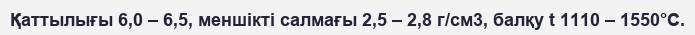
Қаттылығы 6,0 – 6,5, меншікті салмағы 2,5 – 2,8 г/см3, балқу t 1110 – 1550°С.